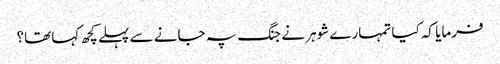
فرمایا کہ کیا تمہارے شوہر نے جنگ پہ جانے سے پہلے کچھ کہا تھا؟